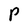
Character: P